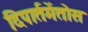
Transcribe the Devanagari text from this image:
दिपार्तमेंतोस